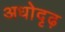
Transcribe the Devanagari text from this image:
अधोदृढ़